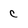
Character: c